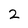
Character: 2